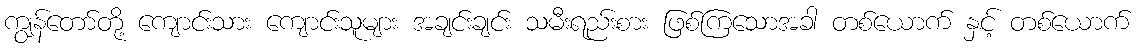
ကျွန်တော်တို့ ကျောင်းသား ကျောင်းသူများ အချင်းချင်း သမီးရည်းစား ဖြစ်ကြသောအခါ တစ်ယောက် နှင့် တစ်ယောက်